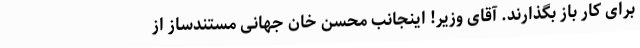
برای کار باز بگذارند. آقای وزیر! اینجانب محسن خان جهانی مستندساز از